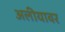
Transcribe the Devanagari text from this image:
अलीयावर